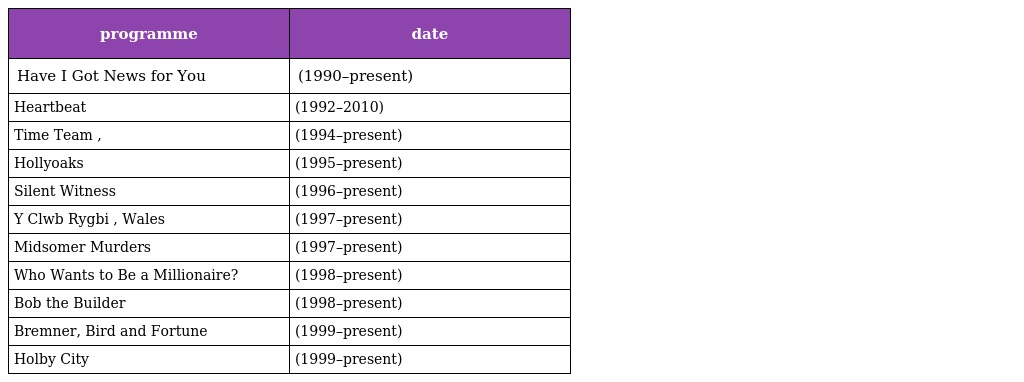
| programme | date |
 | --- | --- |
 | Have I Got News for You | (1990–present) |
 | Heartbeat | (1992–2010) |
 | Time Team , | (1994–present) |
 | Hollyoaks | (1995–present) |
 | Silent Witness | (1996–present) |
 | Y Clwb Rygbi , Wales | (1997–present) |
 | Midsomer Murders | (1997–present) |
 | Who Wants to Be a Millionaire? | (1998–present) |
 | Bob the Builder | (1998–present) |
 | Bremner, Bird and Fortune | (1999–present) |
 | Holby City | (1999–present) |